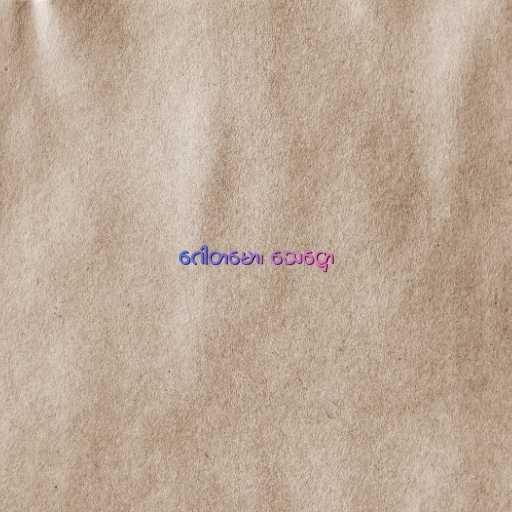
ဂေါတမော၊ သေဋ္ဌော